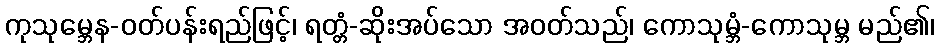
ကုသုမ္ဘေန-ဝတ်ပန်းရည်ဖြင့်၊ ရတ္တံ-ဆိုးအပ်သော အဝတ်သည်၊ ကောသုမ္ဘံ-ကောသုမ္ဘ မည်၏၊